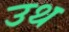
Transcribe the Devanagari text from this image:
उथ